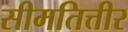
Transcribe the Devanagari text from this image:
सीमतित्तीर